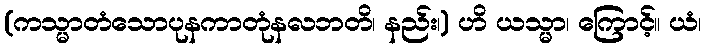
(ကသ္မာတံသောပုနကာတုံနလဘတိ၊ နည်း၊) ဟိ ယသ္မာ၊ ကြောင့်။ ယံ၊